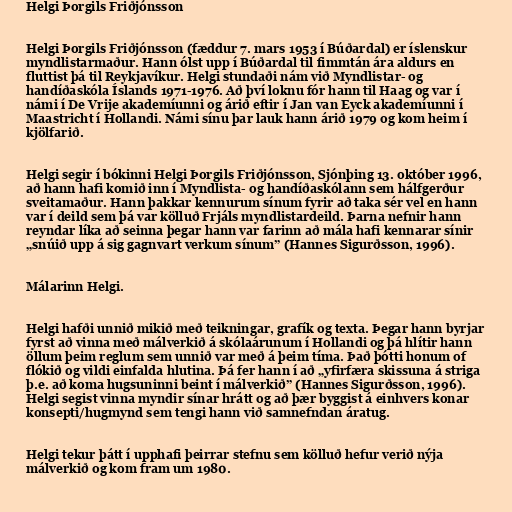
Helgi Þorgils Friðjónsson

Helgi Þorgils Friðjónsson (fæddur 7. mars 1953 í Búðardal) er íslenskur
myndlistarmaður. Hann ólst upp í Búðardal til fimmtán ára aldurs en
fluttist þá til Reykjavíkur. Helgi stundaði nám við Myndlistar- og
handíðaskóla Íslands 1971-1976. Að því loknu fór hann til Haag og var í
námi í De Vrije akademíunni og árið eftir í Jan van Eyck akademíunni í
Maastricht í Hollandi. Námi sínu þar lauk hann árið 1979 og kom heim í
kjölfarið.

Helgi segir í bókinni Helgi Þorgils Friðjónsson, Sjónþing 13. október 1996,
að hann hafi komið inn í Myndlista- og handíðaskólann sem hálfgerður
sveitamaður. Hann þakkar kennurum sínum fyrir að taka sér vel en hann
var í deild sem þá var kölluð Frjáls myndlistardeild. Þarna nefnir hann
reyndar líka að seinna þegar hann var farinn að mála hafi kennarar sínir
„snúið upp á sig gagnvart verkum sínum” (Hannes Sigurðsson, 1996).

Málarinn Helgi.

Helgi hafði unnið mikið með teikningar, grafík og texta. Þegar hann byrjar
fyrst að vinna með málverkið á skólaárunum í Hollandi og þá hlítir hann
öllum þeim reglum sem unnið var með á þeim tíma. Það þótti honum of
flókið og vildi einfalda hlutina. Þá fer hann í að „yfirfæra skissuna á striga
þ.e. að koma hugsuninni beint í málverkið” (Hannes Sigurðsson, 1996).
Helgi segist vinna myndir sínar hrátt og að þær byggist á einhvers konar
konsepti/hugmynd sem tengi hann við samnefndan áratug.

Helgi tekur þátt í upphafi þeirrar stefnu sem kölluð hefur verið nýja
málverkið og kom fram um 1980.